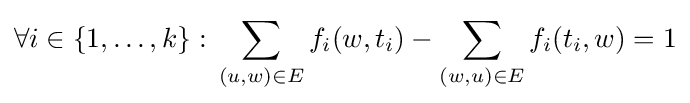
\forall i\in \{1,\ldots ,k\}:\,\sum _{(u,w)\in E}f_{i}(w,t_{i})-\sum _{(w,u)\in E}f_{i}(t_{i},w)=1